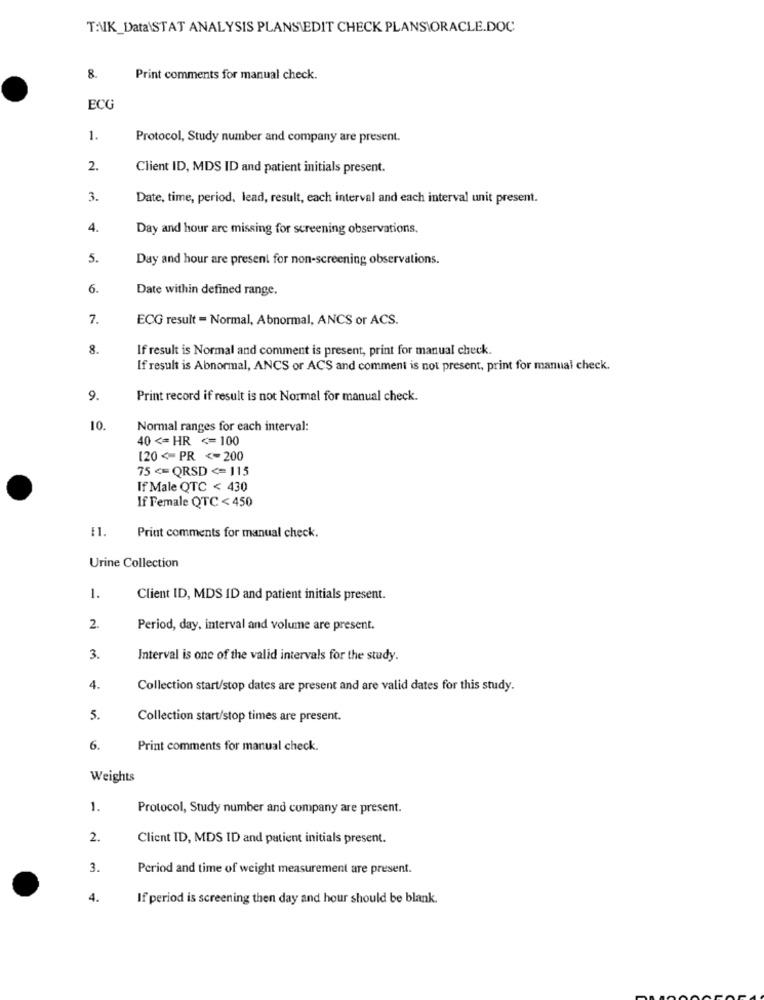
T:UK_Data\STAT ANALYSIS PLANSIEDIT CHECK PLANSIORACLE.DOC
8.
Print comments for manual check.
ECG
1.
Protocol, Study number and company are present.
2.
Client ID, MDS ID and patient initials present.
3.
Date, time, period, lead, result, each interval and each interval unit present.
4.
Day and hour are missing for screening observations.
5.
Day and hour are present for non-screening observations.
6.
Date within defined range.
7.
ECG result = Normal, Abnormal, ANCS or ACS.
8.
If result is Normal and comment is present, print for manual check.
If result is Abnormal, ANCS or ACS and comment is not present, print for manual check.
9.
Print record if result is not Normal for manual check.
10.
Normal ranges for each interval:
40 <= HR <= 100
120 < PR <= 200
75 <= QRSD <= 115
If Male QTC < 430
If Female QTC < 450
E1.
Print comments for manual check.
Urine Collection
1.
Client ID, MDS ID and patient initials present.
Period, day, interval and volume are present.
3.
Interval is one of the valid intervals for the study.
4.
Collection start/stop dates are present and are valid dates for this study.
5.
Collection start/stop times are present.
6.
Print comments for manual check.
Weights
1.
Protocol, Study number and company are present.
2.
Client ID, MDS ID and patient initials present.
3.
Period and time of weight measurement are present.
4.
If period is screening then day and hour should be blank.